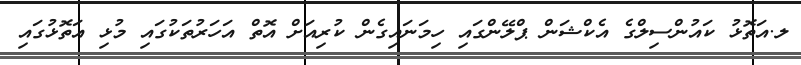
ލ.އަތޮޅު ކައުންސިލްގެ އެކްޝަން ޕްލޭންގައި ހިމަނައިގެން ކުރިއަށް އޮތް އަހަރުތަކުގައި މުޅި އަތޮޅުގައި